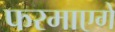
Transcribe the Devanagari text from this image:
फरमाएगें